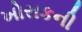
ખોરાકની